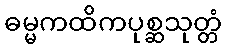
ဓမ္မကထိကပုစ္ဆသုတ္တံ